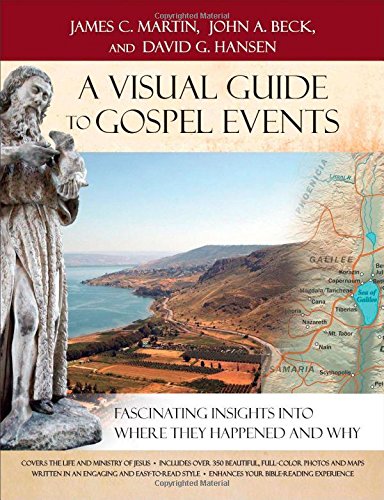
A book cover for A Visual Guide to Gospel Events: Fascinating Insights into Where They Happened and Why; James C. Martin; Christian Books & Bibles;